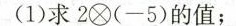
(1)求$$2 \otimes ( - 5 )$$的值；